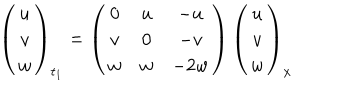
LaTeX: \left( \begin{matrix} { { u } } \\ { { v } } \\ { { w } } \\ \end{matrix} \right) _ { t _ { 1 } } = \left( \begin{matrix} { { 0 } } & { { u } } & { { - u } } \\ { { v } } & { { 0 } } & { { - v } } \\ { { w } } & { { w } } & { { - 2 w } } \\ \end{matrix} \right) \left( \begin{matrix} { { u } } \\ { { v } } \\ { { w } } \\ \end{matrix} \right) _ { x }